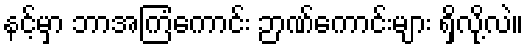
နင့်မှာ ဘာအကြံကောင်း ဉာဏ်ကောင်းများ ရှိလို့လဲ။